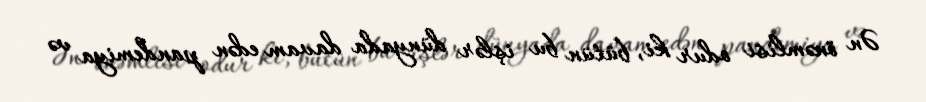
Ən önəmlisi odur ki, bütün bu işlər dünyada davam edən pandemiya və